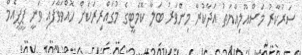
ސަރުކާރު މަސްއޫލިއްޔަތު އަދާކުރާ މިންވަރު ބަލާ ކޮމެޓީގެ މުގައްރިރަކަށް ހޮއްވަވާފައި ވަނީ ޕީޕީއެމް